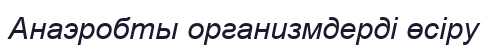
Анаэробты организмдерді өсіру